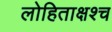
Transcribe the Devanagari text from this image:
लोहिताक्षश्च